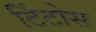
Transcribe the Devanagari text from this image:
टिंटोस